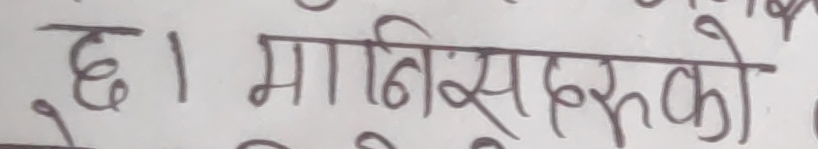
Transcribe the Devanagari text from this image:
छ । मानिसहरुको